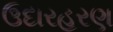
ઉદારહરણ